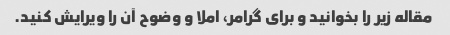
مقاله زیر را بخوانید و برای گرامر، املا و وضوح آن را ویرایش کنید.